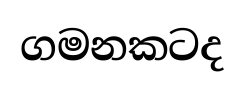
ගමනකටද